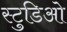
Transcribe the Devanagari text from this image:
स्टुडिओ